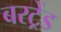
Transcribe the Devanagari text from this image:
बरट्रेंड